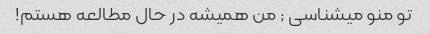
تو منو میشناسی ; من همیشه در حال مطالعه هستم!